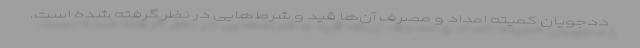
ددجویان کمیته امداد و مصرف آن‌ها قید و شرط‌هایی در نظر گرفته شده است.